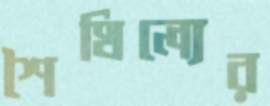
শৈথিল্যের